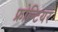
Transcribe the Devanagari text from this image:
फ्रोन्टियर